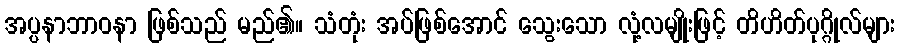
အပ္ပနာဘာဝနာ ဖြစ်သည် မည်၏။ သံတုံး အပ်ဖြစ်အောင် သွေးသော လုံ့လမျိုးဖြင့် တိဟိတ်ပုဂ္ဂိုလ်များ